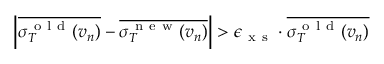
\left| \overline { { \sigma _ { T } ^ { \mathrm { ~ o ~ l ~ d ~ } } ( v _ { n } ) } } - \overline { { \sigma _ { T } ^ { \mathrm { ~ n ~ e ~ w ~ } } ( v _ { n } ) } } \right| > \epsilon _ { \mathrm { ~ x ~ s ~ } } \cdot \overline { { \sigma _ { T } ^ { \mathrm { ~ o ~ l ~ d ~ } } ( v _ { n } ) } }